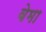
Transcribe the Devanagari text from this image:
वेमा